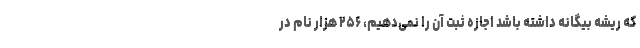
که ریشه بیگانه داشته باشد اجازه ثبت آن را نمی‌دهیم، ۲۵۶ هزار نام در